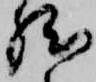
然